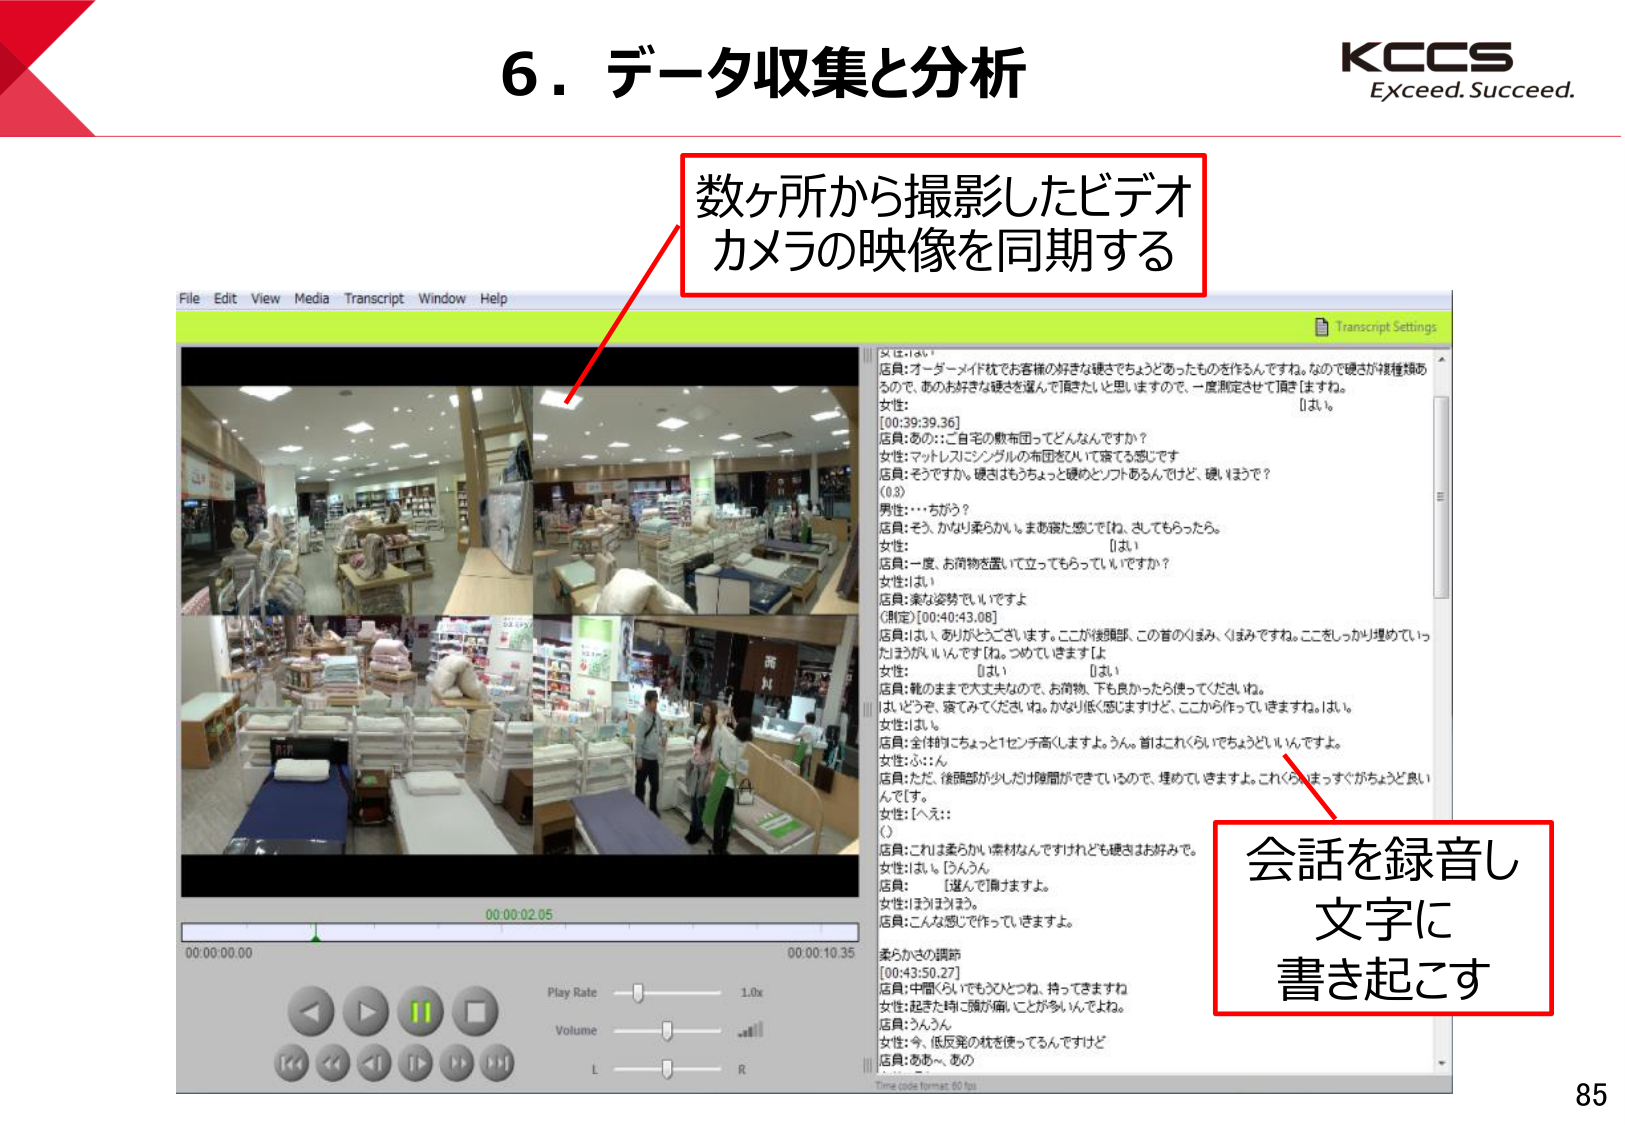
6．データ収集と分析
KCCS
Exceed. Succeed.

数ヶ所から撮影したビデオ
カメラの映像を同期する

File Edit View Media Transcript Window Help
Transcript Settings

[女性：はい。]
店員：オーダーメイド枕でお客様の好きな硬さでちょうどあったものを作らんですね。なので硬さが複数種類あるので、あのお好きな硬さを選んで頂きたいと思いますので、一度測定させて頂き[ますね。]
[はい。]
女性：
[00:39:39.36]
店員：あの…：ご自宅の敷布団ってどんなんですか？
女性：マットレスにシングルの布団をいれて寝てる感じです
店員：そうですね。硬さはもうちょっと硬めのソフトあるんですけど、硬いほうで？
(0.3)
男性：…ちがう？
店員：そう、かなり柔らかいしまあ寝た感じで[ね、さしてもらったら。]
女性：
[はい]
店員：一度、お荷物を置いて立ってもらっていいですか？
女性：はい
店員：柔な姿勢でいいですよ
[測定][00:40:43.06]
店員：はい、ありがとうございます。ここが後頭部、この首のくまみ、くまみですね。ここをしっかり埋めていったほうがいいんです[ね。つめていきますよ。]
女性：
[はい]
[はい]
店員：靴のままで大丈夫なので、お荷物、下も良かったら使ってくださいね。
[はい。どうぞ、寝てみてくださいね。かなり低い感じますけど、ここから作っていきますね。]はい。
女性：はい。
店員：全[体]はちょっと1センチ高くしますよ。うん。首はこれくらいでちょうどいいんですよ。
女性：はい…：ん
店員：ただ、後頭部が少しだけ隙間ができているので、埋めていきますよ。これくらいまっすぐかちょうど良いんです[す。]
女性：[へえ…：]
()
店員：これは柔らかい素材なんですけれども硬さはお好みで。
女性：はい。[うんうん]
店員：
[選んで頂きますよ。]
女性：はい[まほ]う。
店員：こんな感じで作っていきますよ。
柔らかさの調節
[00:43:50.27]
店員：中間くらいでもひとつね、持ってきますね
女性：起きた時に頭が痛いことが多いんですよね。
店員：うんうん
女性：今、低反発の枕を使ってるんですけど
店員：ああ～、あの

会話を録音し
文字に
書き起こす

00:00:02.05
00:00:10.35
Play Rate 1.0x
Volume
L R
Time code format: 60 fps

85